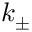
k _ { \pm }